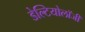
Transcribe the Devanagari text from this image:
डेल्टियोलॉजी